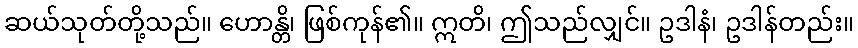
ဆယ်သုတ်တို့သည်။ ဟောန္တိ၊ ဖြစ်ကုန်၏။ ဣတိ၊ ဤသည်လျှင်။ ဥဒါနံ၊ ဥဒါန်တည်း။